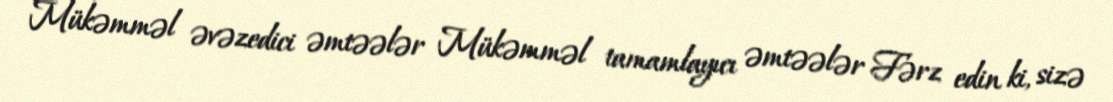
Mükəmməl əvəzedici əmtəələr Mükəmməl tamamlayıcı əmtəələr Fərz edin ki, sizə